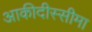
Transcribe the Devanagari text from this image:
आकीदीस्सीमा